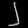
Digit: ၂